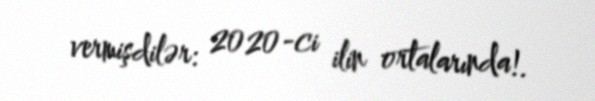
vermişdilər: 2020-ci ilin ortalarında!.